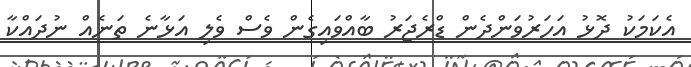
އެކަމަކު ދޮޅު އަހަރުވަންދެން ޑްރެޖަރު ބާއްވައިގެން ވެސް ވެލި އަޅާނެ ތަނެއް ނުދައްކާ